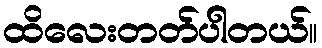
ထိလေးတတ်ပါတယ်။